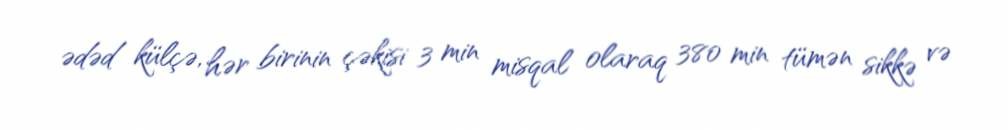
ədəd külçə, hər birinin çəkisi 3 min misqal olaraq 380 min tümən sikkə və